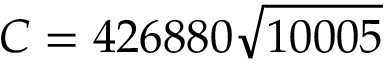
C = 4 2 6 8 8 0 { \sqrt { 1 0 0 0 5 } }